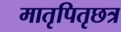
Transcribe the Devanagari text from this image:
मातृपितृछत्र